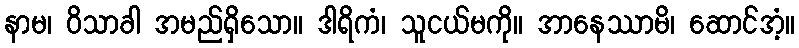
နာမ၊ ဝိသာခါ အမည်ရှိသော။ ဒါရိကံ၊ သူငယ်မကို။ အာနေဿာမိ၊ ဆောင်အံ့။